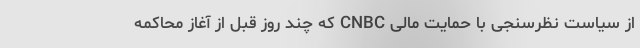
از سیاست نظرسنجی با حمایت مالی CNBC که چند روز قبل از آغاز محاکمه